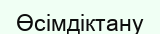
Өсімдіктану